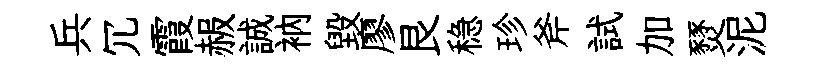
兵冗霞赧誠衲毁廖艮稳珍斧試加燹泥